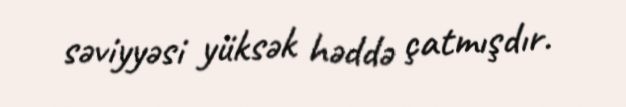
səviyyəsi yüksək həddə çatmışdır.